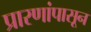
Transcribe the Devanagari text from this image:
प्रारणांपासून